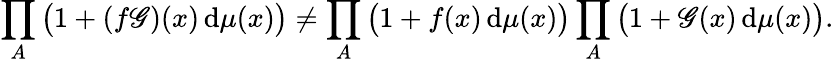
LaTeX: \prod_{A}{\big(}1+(f\mathscr{G})(x)\, \mathrm{d}\mu(x){\big)}\neq\prod_{A}{\big(}1+f(x)\, \mathrm{d}\mu(x){\big)}\prod_{A}{\big(}1+\mathscr{G}(x)\, \mathrm{d}\mu(x){\big)}.